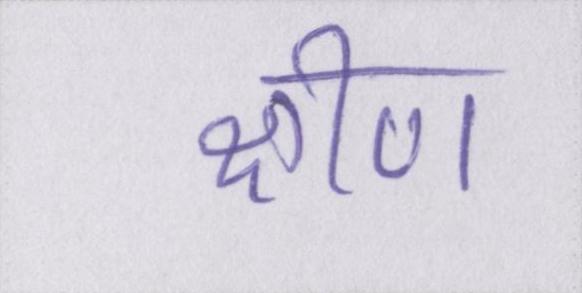
क्षीण